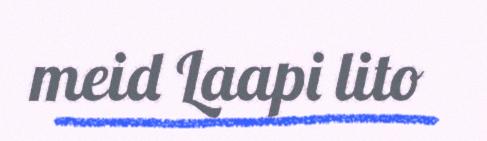
meid Laapi lito